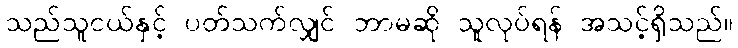
သည်သူငယ်နှင့် ပတ်သက်လျှင် ဘာမဆို သူလုပ်ရန် အသင့်ရှိသည်။